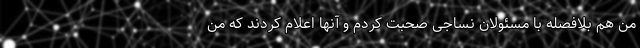
من هم بلافصله با مسئولان نساجی صحبت کردم و آنها اعلام کردند که من